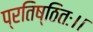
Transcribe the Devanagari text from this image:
प्रतिष्ठितः।।